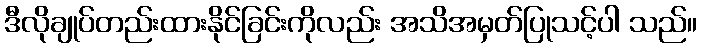
ဒီလိုချုပ်တည်းထားနိုင်ခြင်းကိုလည်း အသိအမှတ်ပြုသင့်ပါ သည်။